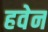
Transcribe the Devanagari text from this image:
हवेन